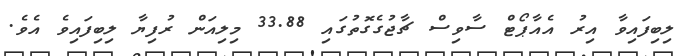
ލިބިފައިވާ އިރު އެއާޕޯޓް ސާވިސް ޗާޖުގެގޮތުގައި 33.88 މިލިއަން ރުފިޔާ ލިބިފައިވެ އެވެ.